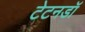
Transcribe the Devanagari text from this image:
टेटनडॉ